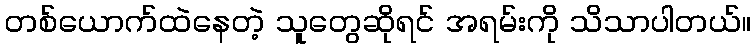
တစ်ယောက်ထဲနေတဲ့ သူတွေဆိုရင် အရမ်းကို သိသာပါတယ်။